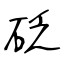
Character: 砭